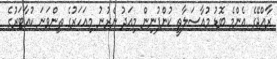
ރާއްޖޭގެ އެންމެ ބޮޑު މުއާސަލާތީ ކުންފުނިން މިއަދު ނެރުނު މިއަހަރުގެ ތިންވަނަ ކުއާޓަރުގެ